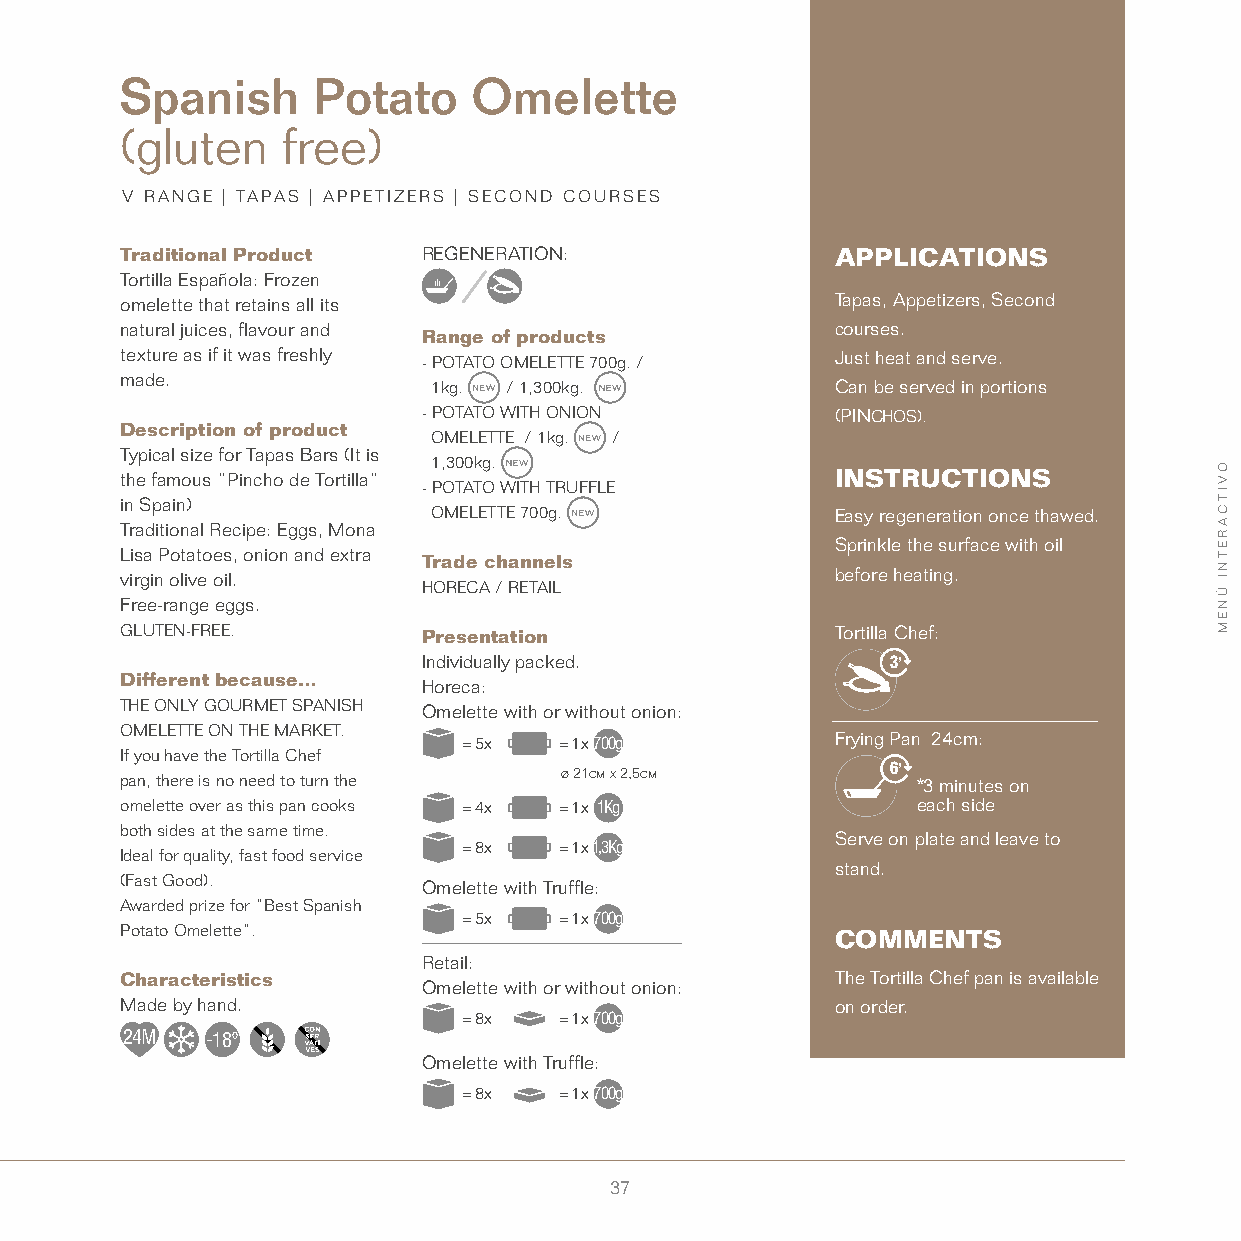
Spanish      Potato    Omelette
 (gluten    free)
 V RANGE | TAPAS | APPETIZERS | SECOND COURSES
 Traditional Product REGENERATION:              APPLICATIONS
 Tortilla Española: Frozen
 omelette that retains all its                  Tapas, Appetizers, Second
 natural juices, flavour and                    courses.
 Range of products
 texture as if it was freshly - POTATO OMELETTE 700g. / Just heat and serve.
 made.
 1kg. / 1,300kg.           Can be served in portions
 - POTATO WITH ONION        (PINCHOS).
 Description of product
 OMELETTE / 1kg. /
 Typical size for Tapas Bars (It is
 1,300kg.
 the famous “Pincho de Tortilla”                INSTRUCTIONS
 - POTATO WITH TRUFFLE
 in Spain)
 OMELETTE 700g.            Easy regeneration once thawed.
 Traditional Recipe: Eggs, Mona
 Sprinkle the surface with oil
 Lisa Potatoes, onion and extra
 Trade channels
 virgin olive oil.                              before heating.
 HORECA / RETAIL
 Free-range eggs.
 GLUTEN-FREE.        Presentation               Tortilla Chef:
 Individually packed.           3’
 Different because…
 Horeca:
 THE ONLY GOURMET SPANISH Omelette with or without onion:
 OMELETTE ON THE MARKET.
 = 5x  = 1x700g          Frying Pan 24cm:
 If you have the Tortilla Chef
 pan, there is no need to turn the ø 21cm x 2,5cm   6’ *3 minutes on
 omelette over as this pan cooks = 4x = 1x 1Kg        each side
 both sides at the same time.
 Serve on plate and leave to
 = 8x  = 1x1,3Kg
 Ideal for quality, fast food service
 stand.
 (Fast Good).        Omelette with Truffle:
 Awarded prize for “Best Spanish
 = 5x  = 1x700g
 Potato Omelette”.                              COMMENTS
 Retail:
 Characteristics                                The Tortilla Chef pan is available
 Omelette with or without onion:
 Made by hand.                                  on order.
 = 8x  = 1x700g
 24M   -18º
 Omelette with Truffle:
 = 8x  = 1x700g
 37
 OVITCARETNI
 ÚNEM